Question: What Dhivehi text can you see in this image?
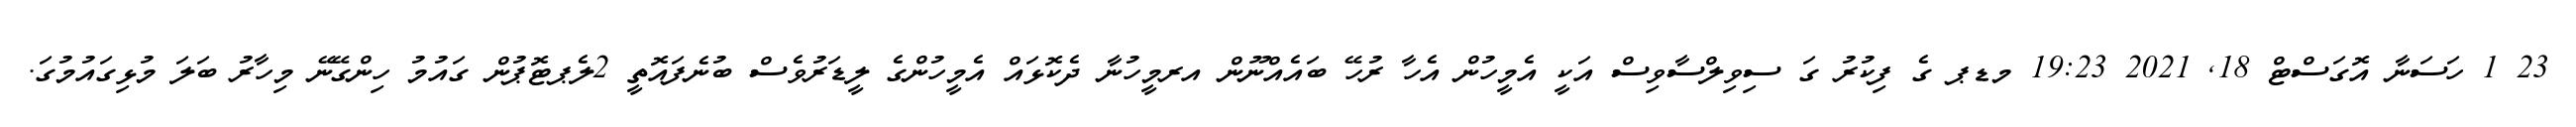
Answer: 23 1 ހަސަނާ އޮގަސްޓް 18, 2021 19:23 މޑޕ ގެ ފިކުރު ގަ ސިވިލްސާވިސް އަކީ އެމީހުން އެހާ ރުހޭ ބައެއްނޫން އރމީހުނާ ދެކޮޅައް އެމީހުންގެ ލީޑަރުވެސް ބުނެފައޮތީ 2ލެޕޓޮޕުން ގައުމު ހިންގޭނޭ މިހާރު ބަލަ މުޅިގައުމުގަ.